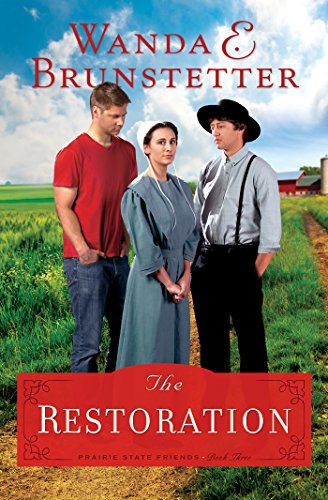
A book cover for The Restoration (The Prairie State Friends); Wanda E. Brunstetter; Romance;